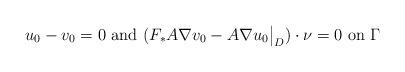
LaTeX: \begin{align*}u_0 - v_0 = 0 \mbox{ and } (F_*A \nabla v_0 - A \nabla u_0 \big|_{D} ) \cdot \nu = 0 \mbox{ on } \Gamma\end{align*}